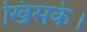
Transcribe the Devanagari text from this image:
खिसके।